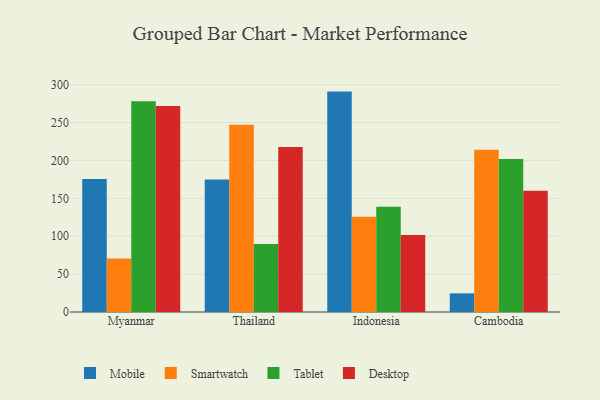
{"axis": {"x": "Country", "y": "Gross Profit (USD K)"}, "legend": ["Desktop", "Mobile", "Smartwatch", "Tablet"], "data": [{"x": "Myanmar", "y": 175.5, "type": "Mobile"}, {"x": "Myanmar", "y": 70.5, "type": "Smartwatch"}, {"x": "Myanmar", "y": 278.3, "type": "Tablet"}, {"x": "Myanmar", "y": 272.1, "type": "Desktop"}, {"x": "Thailand", "y": 175.1, "type": "Mobile"}, {"x": "Thailand", "y": 247.3, "type": "Smartwatch"}, {"x": "Thailand", "y": 89.7, "type": "Tablet"}, {"x": "Thailand", "y": 217.8, "type": "Desktop"}, {"x": "Indonesia", "y": 291.0, "type": "Mobile"}, {"x": "Indonesia", "y": 125.9, "type": "Smartwatch"}, {"x": "Indonesia", "y": 138.9, "type": "Tablet"}, {"x": "Indonesia", "y": 101.6, "type": "Desktop"}, {"x": "Cambodia", "y": 24.6, "type": "Mobile"}, {"x": "Cambodia", "y": 214.1, "type": "Smartwatch"}, {"x": "Cambodia", "y": 201.9, "type": "Tablet"}, {"x": "Cambodia", "y": 160.1, "type": "Desktop"}]}